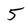
Character: 5